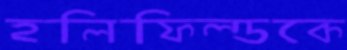
হলিফিল্ডকে